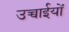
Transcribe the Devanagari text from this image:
उच्चाईयों